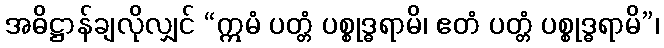
အဓိဋ္ဌာန်ချလိုလျှင် “ဣမံ ပတ္တံ ပစ္စုဒ္ဓရာမိ၊ ဧတံ ပတ္တံ ပစ္စုဒ္ဓရာမိ”၊